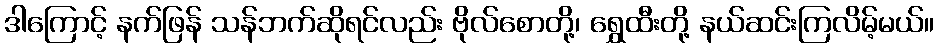
ဒါကြောင့် နက်ဖြန် သန်ဘက်ဆိုရင်လည်း ဗိုလ်စောတို့၊ ရွှေထီးတို့ နယ်ဆင်းကြလိမ့်မယ်။